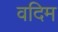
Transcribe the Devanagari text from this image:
वदिम